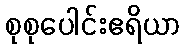
စုစုပေါင်းဧရိယာ